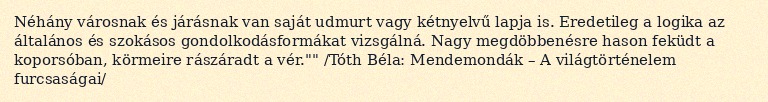
Néhány városnak és járásnak van saját udmurt vagy kétnyelvű lapja is. Eredetileg a logika az általános és szokásos gondolkodásformákat vizsgálná. Nagy megdöbbenésre hason feküdt a koporsóban, körmeire rászáradt a vér."" /Tóth Béla: Mendemondák – A világtörténelem furcsaságai/